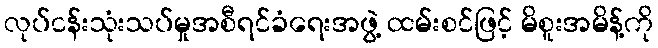
လုပ်ငန်းသုံးသပ်မှုအစီရင်ခံရေးအဖွဲ့ ထမ်းစင်ဖြင့် မိစူးအမိန့်ကို